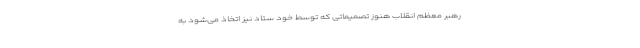
رهبر معظم انقلاب هنوز تصمیماتی که توسط خود ستاد نیز اتخاذ می‌شود به